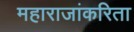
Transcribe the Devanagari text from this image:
महाराजांकरिता